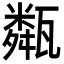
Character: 甐